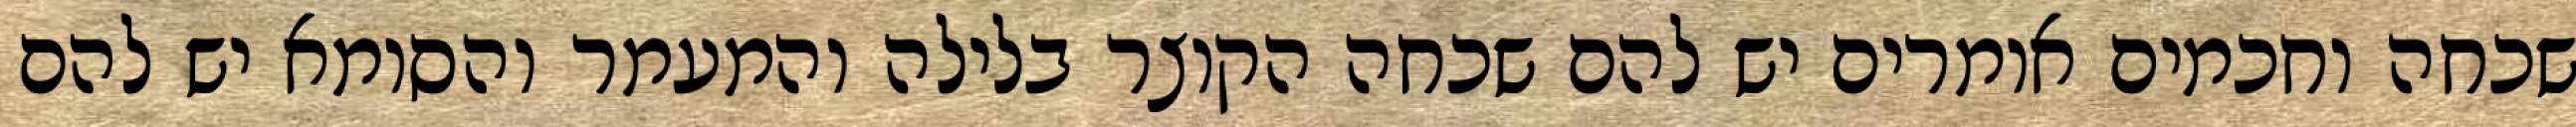
שכחה וחכמים אומרים יש להם שכחה הקוצר בלילה והמעמר והסומא יש להם